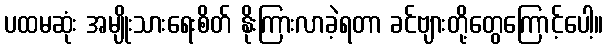
ပထမဆုံး အမျိုးသားရေးစိတ် နိုးကြားလာခဲ့ရတာ ခင်ဗျားတို့တွေကြောင့်ပေါ့။